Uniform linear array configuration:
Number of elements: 12
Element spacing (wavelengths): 0.75
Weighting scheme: uniform
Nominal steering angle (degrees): -60
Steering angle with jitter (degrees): -58.163
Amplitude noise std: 0.05
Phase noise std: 0.05

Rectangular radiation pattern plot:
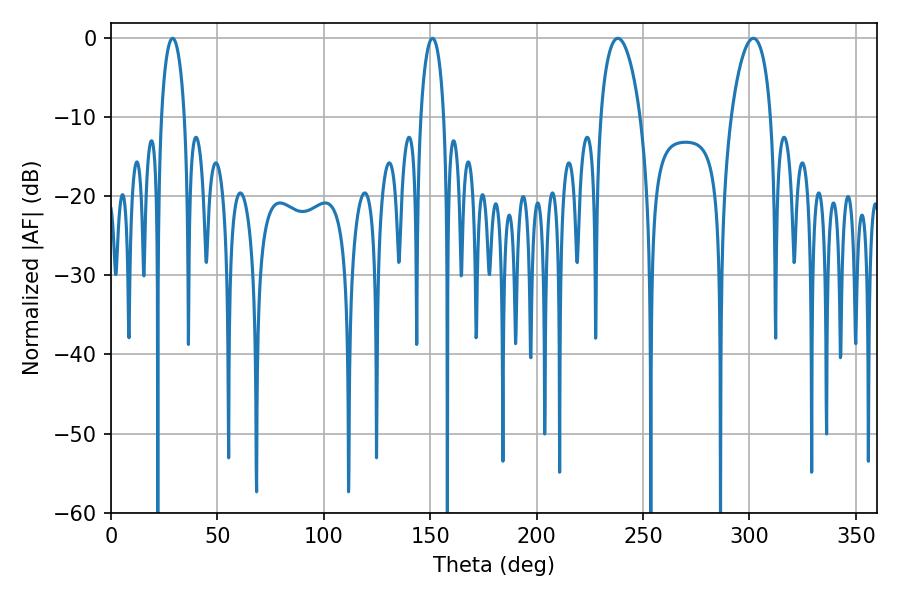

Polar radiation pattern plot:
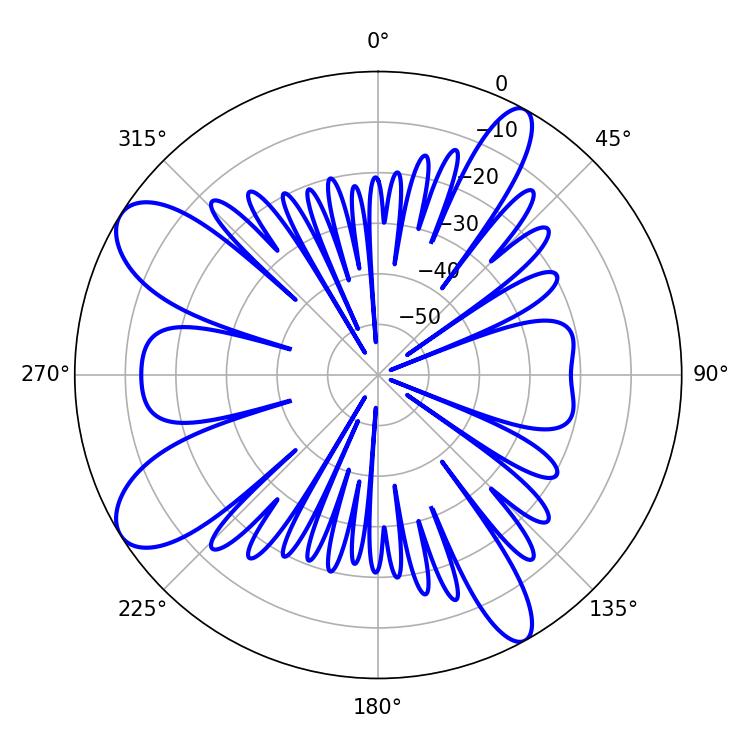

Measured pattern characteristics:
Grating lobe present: TRUE
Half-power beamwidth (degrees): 10.62
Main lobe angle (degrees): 238.14